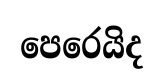
පෙරෙයිද